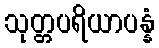
သုတ္တပရိယာပန္နံ